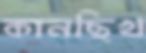
কানছিখ